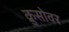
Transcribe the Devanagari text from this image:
क्रुसोवर